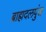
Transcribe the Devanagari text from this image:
ब्राह्मदलपुंज